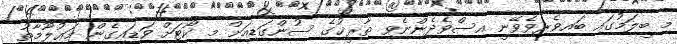
މި ބީލަމުގައި ބައިވެރިވެވޭނީ އިސްވެދެންނެވި ތާރީޚުގެ ސުންގަޑިއަށް މި ކޯޓަށް ވަޑައިގެން މަޢުލޫމާތު